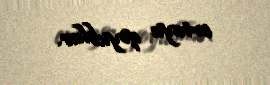
ortaya qoyublar.